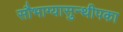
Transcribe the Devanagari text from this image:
सौभाग्यासुन्थीपका